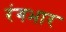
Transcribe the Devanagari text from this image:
रंगभार